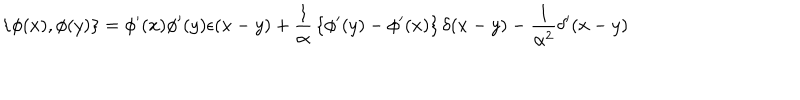
\left\{ \phi ( x ) , \phi ( y ) \right\} = \phi ^ { \prime } ( x ) \phi ^ { \prime } ( y ) \epsilon ( x - y ) + { \frac { 1 } { \alpha } } \left\{ \phi ^ { \prime } ( y ) - \phi ^ { \prime } ( x ) \right\} \delta ( x - y ) - { \frac { 1 } { \alpha ^ { 2 } } } \delta ^ { \prime } ( x - y )